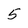
Character: 5